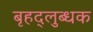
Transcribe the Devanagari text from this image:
बृहद्‌लुब्धक